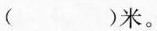
（）米。